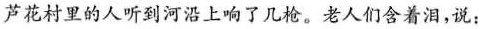
芦花村里的人听到河沿上响了几枪。老人们含着泪，说：